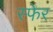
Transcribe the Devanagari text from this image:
स्फेर